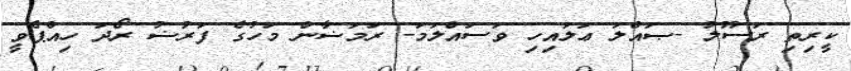
ކީރިތި ރަސޫލު -ޞައްލަ ޢަލައިހި ވަސައްލަމަ- ރަމަޟާން މަހުގެ ފަރުޟު ރޯދަ ހިއްޕެވީ